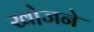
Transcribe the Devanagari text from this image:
खो़जने